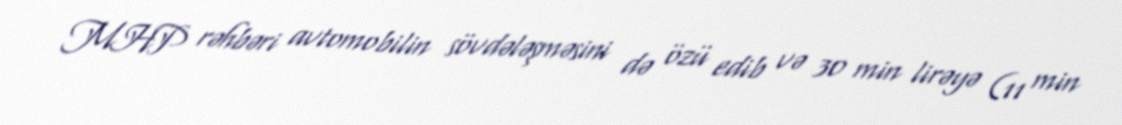
MHP rəhbəri avtomobilin sövdələşməsini də özü edib və 30 min lirəyə (11 min